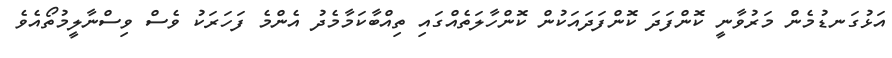
އަޅުގަނޑުމެން މަރުވާނީ ކޮންފަދަ ކޮންފަދައަކުން ކޮންހާލަތެއްގައި ތިއްބާކަމާމެދު އެންމެ ފަހަރަކު ވެސް ވިސްނާލީމުތޯއެވެ